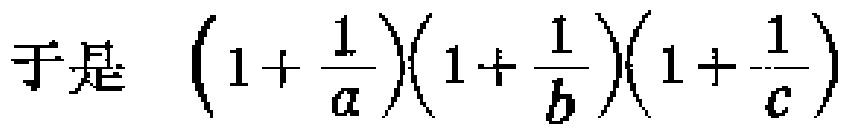
于是 \((1+\frac{1}{a})(1+\frac{1}{b})(1+\frac{1}{c})\)